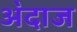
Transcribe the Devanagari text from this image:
अ॓दाज